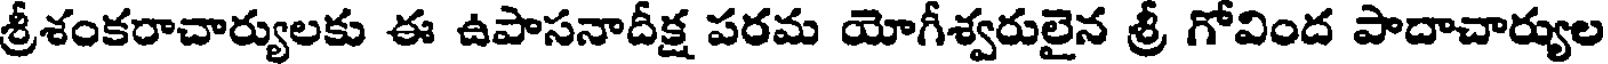
శ్రీశంకరాచార్యులకు ఈ ఉపాసనాదీక్ష పరమ యోగీశ్వరులైన శ్రీ గోవింద పాదాచార్యుల